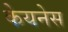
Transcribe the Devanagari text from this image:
केयनेस